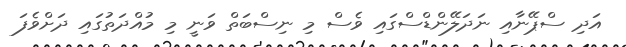
އަދި ސްޕޭނާއި ނަދަލޭންޑްސްގައި ވެސް މި ނިސްބަތް ވަނީ މި މުއްދަތުގައި ދަށްވެފަ